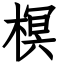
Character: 榠